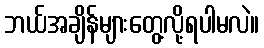
ဘယ်အချိန်များတွေ့လို့ရပါမလဲ။